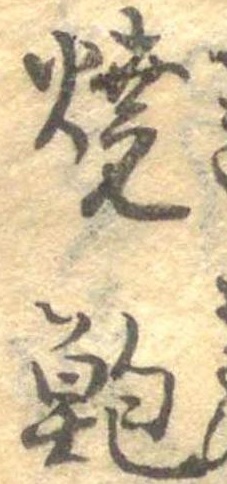
焼鮑